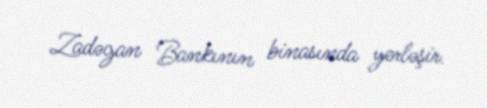
Zadəgan Bankının binasında yerləşir.